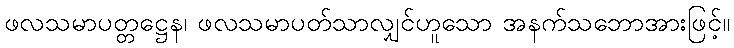
ဖလသမာပတ္တဋ္ဌေန၊ ဖလသမာပတ်သာလျှင်ဟူသော အနက်သဘောအားဖြင့်။